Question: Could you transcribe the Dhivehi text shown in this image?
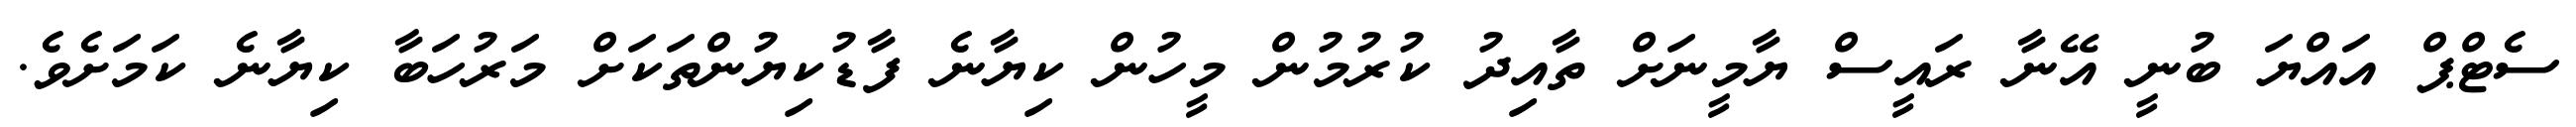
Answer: ސެޓްޕް އައްޔަ ބުނީ އޭނާ ރައީސް ޔާމީނަށް ތާއިދު ކުރުމުން މީހުން ކިޔާނެ ފާޑުކިޔުންތަކަށް މަރުހަބާ ކިޔާނެ ކަމަށެވެ.